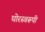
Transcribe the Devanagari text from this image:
घोरस्वरूपी